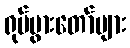
ရုပ်ပွားတော်များ